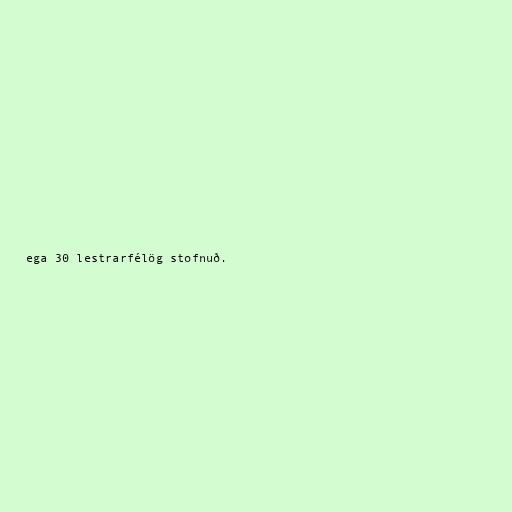
ega 30 lestrarfélög stofnuð.